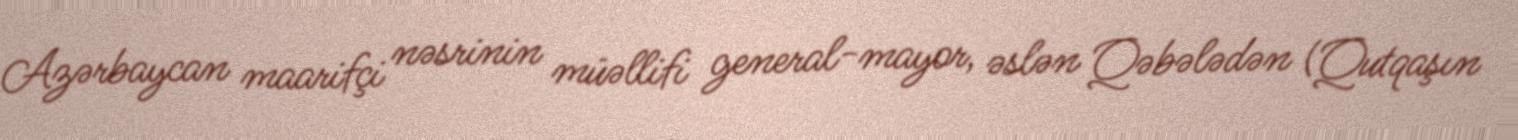
Azərbaycan maarifçi nəsrinin müəllifi general-mayor, əslən Qəbələdən (Qutqaşın